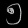
Digit: ၅